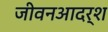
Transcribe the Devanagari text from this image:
जीवनआदर्श